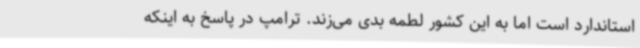
استاندارد است اما به این کشور لطمه بدی می‌زند. ترامپ در پاسخ به اینکه